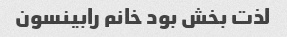
لذت بخش بود خانم رابینسون